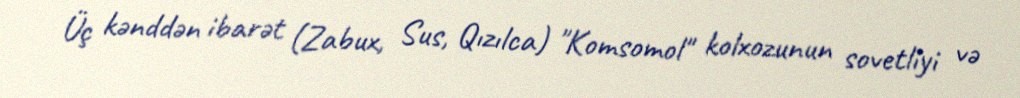
Üç kənddən ibarət (Zabux, Sus, Qızılca) "Komsomol" kolxozunun sovetliyi və